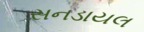
સનડાયલ